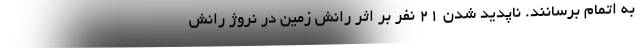
به اتمام برسانند. ناپدید شدن 21 نفر بر اثر رانش زمین در نروژ رانش